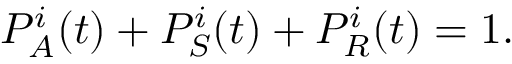
P _ { A } ^ { i } ( t ) + P _ { S } ^ { i } ( t ) + P _ { R } ^ { i } ( t ) = 1 .